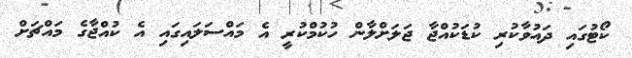
ކޯޓުގައި ދައުވާކުރި ކުޑަކުއްޖާ ޖަލަށްލާން ހުކުމްކުރީ އެ މައްސަލައިގައި އެ ކުއްޖާގެ މައްޗަށް